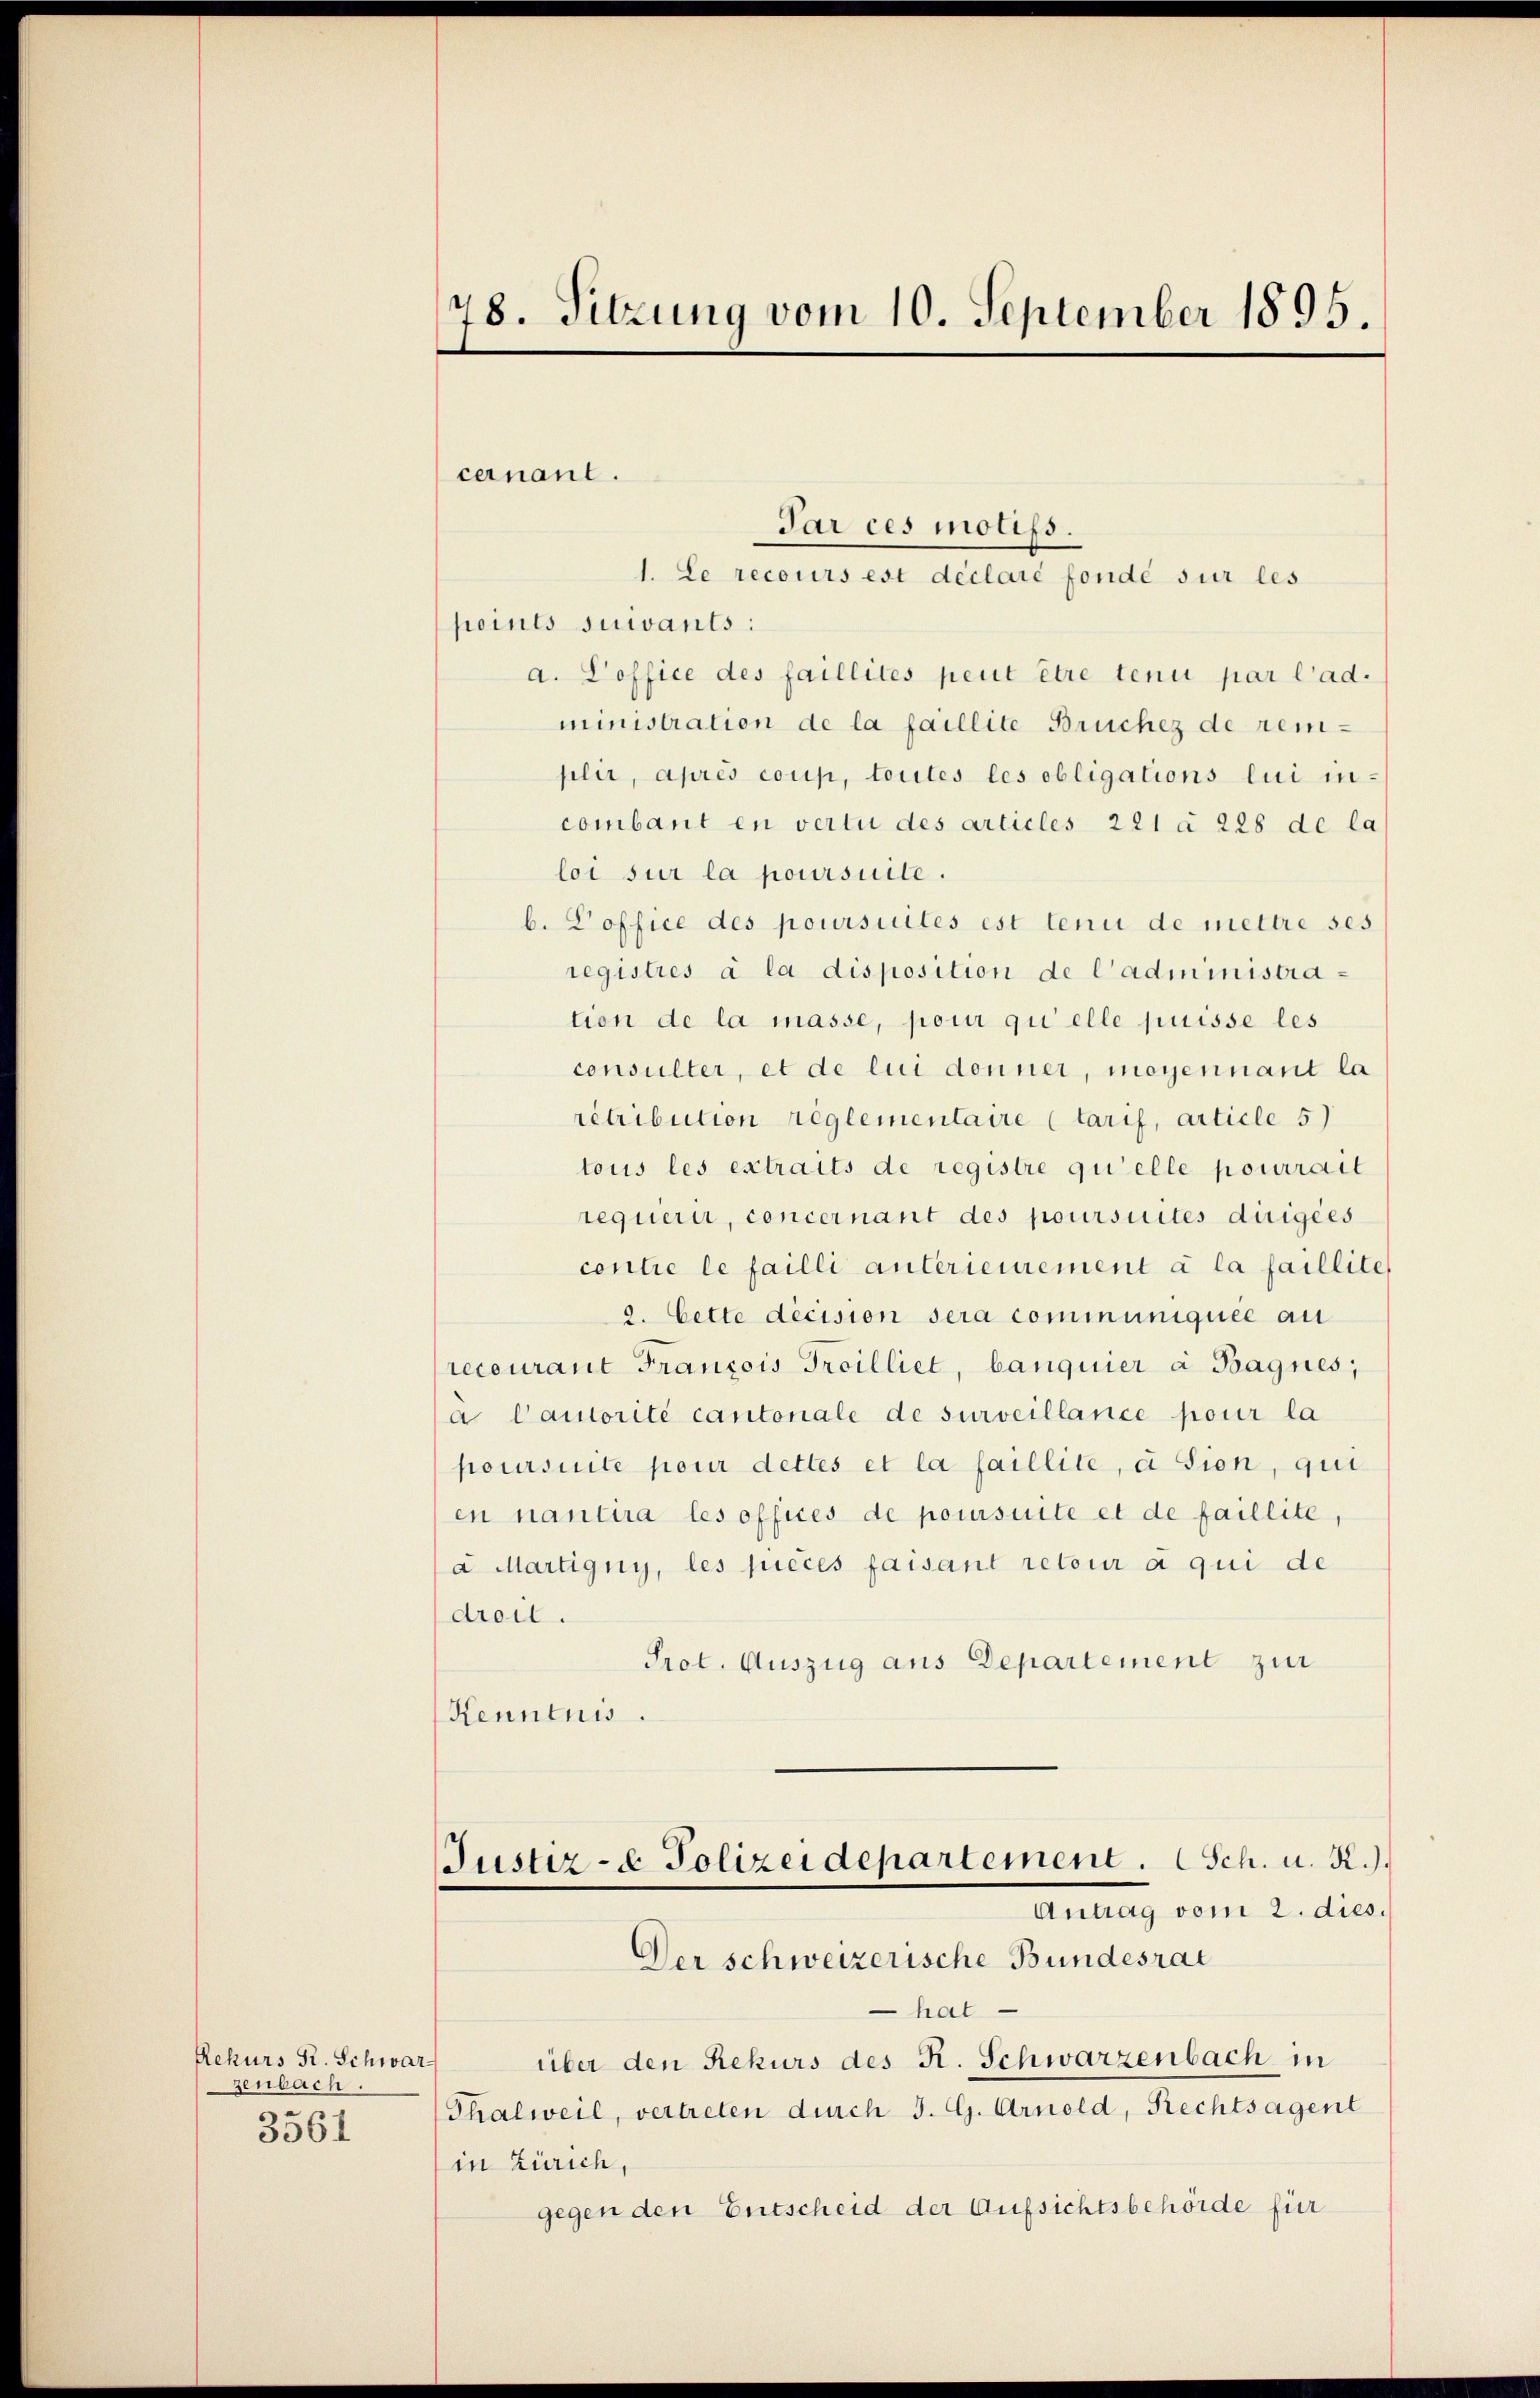
Rekurs R. Schwarz
Jenbach.
3561

78. Sitzung vom 10. September 1895.

points suivants:
a. Poffice des faillités peut être tenu par l’ad.
ministration de la faillite Brüchez de rem-
pler, après coup, toutes les obligations lui incombant en vertu des articles 221 à 228 de la
loi sur la poursuite.
b. Poffice des poursuites est tenu de mettre ses
registres à la disposition de l’administration de la masse, pour qui elle puisse les
consulter, et de lui donner, moyennant la
rétribution reglementaire (tarif, Article 5)
tous les extraits de registre qu’elle pourrait
requeri, concernant des poursuites dirigées
contre le failli anterieurement à la faillite
2. Cette decision sera communiquée au
recourant Francois Troilliet, banquier à Bagnes,
a Cautorité cantonale de surveillance pour la
poursuite pour dettes et la faillite, à sion, qui
en nantira les offices de poursuite et de faillite,
a Martigny, les pieces faisant retour a qui de
droit.
Prot. Auszug aus Departement zur
Kenntnis.
Justiz- & Polizeidepartement. Sch. u. R.)
Antrag vom 2. dies.
Der schweizerische Bundesrat
hat
über den Rekurs des R. Schwarzenbach in
Thalweil, vertreten durch J. G. Arnold, Rechtsagent
in Zürich,
gegen den Entscheid der Aufsichtsbehörde für

cernant.
Par ces motifs.
1. Le recours est déclare fondé sur les